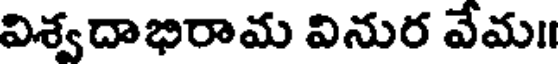
విశ్వదాభిరామ వినుర వేమ॥